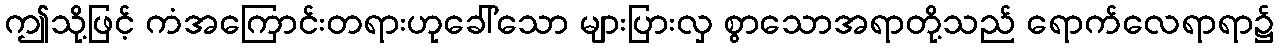
ဤသို့ဖြင့် ကံအကြောင်းတရားဟုခေါ်သော များပြားလှ စွာသောအရာတို့သည် ရောက်လေရာရာ၌